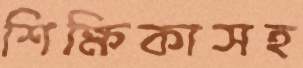
শিক্ষিকাসহ